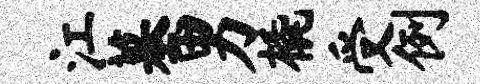
江墓男橇受例